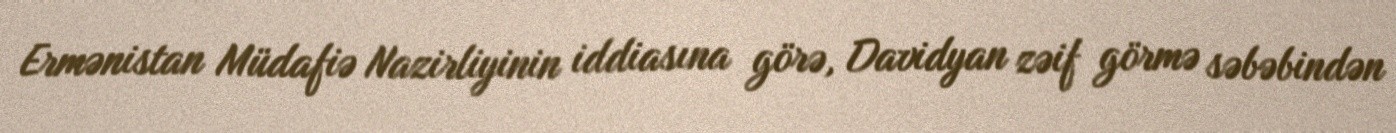
Ermənistan Müdafiə Nazirliyinin iddiasına görə, Davidyan zəif görmə səbəbindən